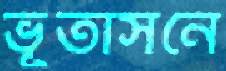
ভূতাসনে